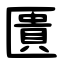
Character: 匱